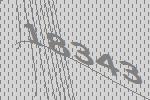
18343